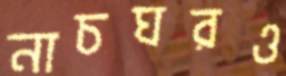
নাচঘরও